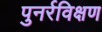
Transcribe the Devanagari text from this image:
पुनर्रविक्षण